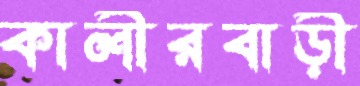
কালীরবাড়ী